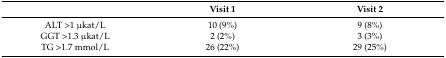
|  | Visit 1 | Visit 2 |
 | --- | --- | --- |
 | ALT >1 μkat/L | 10 (9%) | 9 (8%) |
 | GGT >1.3 μkat/L | 2 (2%) | 3 (3%) |
 | TG >1.7 mmol/L | 26 (22%) | 29 (25%) |